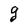
Character: g